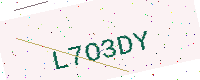
Text: L7O3DY